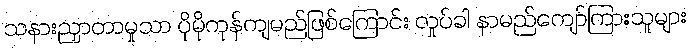
သနားညှာတာမှုသာ ပိုမိုကုန်ကျမည်ဖြစ်ကြောင်း လှုပ်ခါ နာမည်ကျော်ကြားသူများ